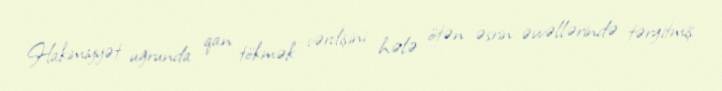
Hakimiyyət uğrunda qan tökmək vərdişini hələ ötən əsrin əvvəllərində tərgitmiş